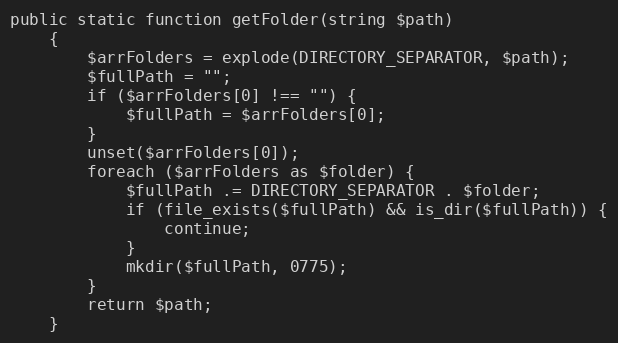
Language: PHP
public static function getFolder(string $path)
    {
        $arrFolders = explode(DIRECTORY_SEPARATOR, $path);
        $fullPath = "";
        if ($arrFolders[0] !== "") {
            $fullPath = $arrFolders[0];
        }
        unset($arrFolders[0]);
        foreach ($arrFolders as $folder) {
            $fullPath .= DIRECTORY_SEPARATOR . $folder;
            if (file_exists($fullPath) && is_dir($fullPath)) {
                continue;
            }
            mkdir($fullPath, 0775);
        }
        return $path;
    }